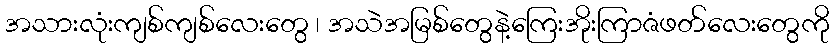
အသားလုံးကျစ်ကျစ်လေးတွေ ၊ အသဲအမြစ်တွေနဲ့ကြေးအိုးကြာဇံဖတ်လေးတွေကို